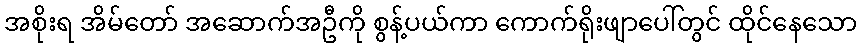
အစိုးရ အိမ်တော် အဆောက်အဦကို စွန့်ပယ်ကာ ကောက်ရိုးဖျာပေါ်တွင် ထိုင်နေသော